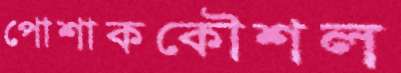
পোশাককৌশল